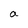
Character: a